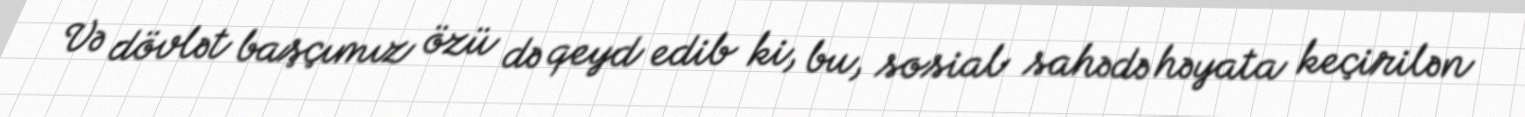
Və dövlət başçımız özü də qeyd edib ki, bu, sosial sahədə həyata keçirilən